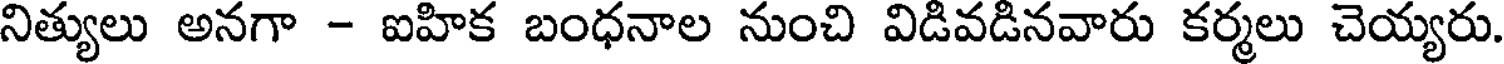
నిత్యులు అనగా - ఐహిక బంధనాల నుంచి విడివడినవారు కర్మలు చెయ్యరు.